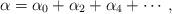
LaTeX: \begin{align*}\alpha =\alpha _0+\alpha _2+\alpha _4+\cdots,\end{align*}